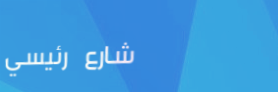
شارع رئيسي